Civil Veterinary Dept. Bombay admin report 1900-1906 - 1900-1906
Year: 1900
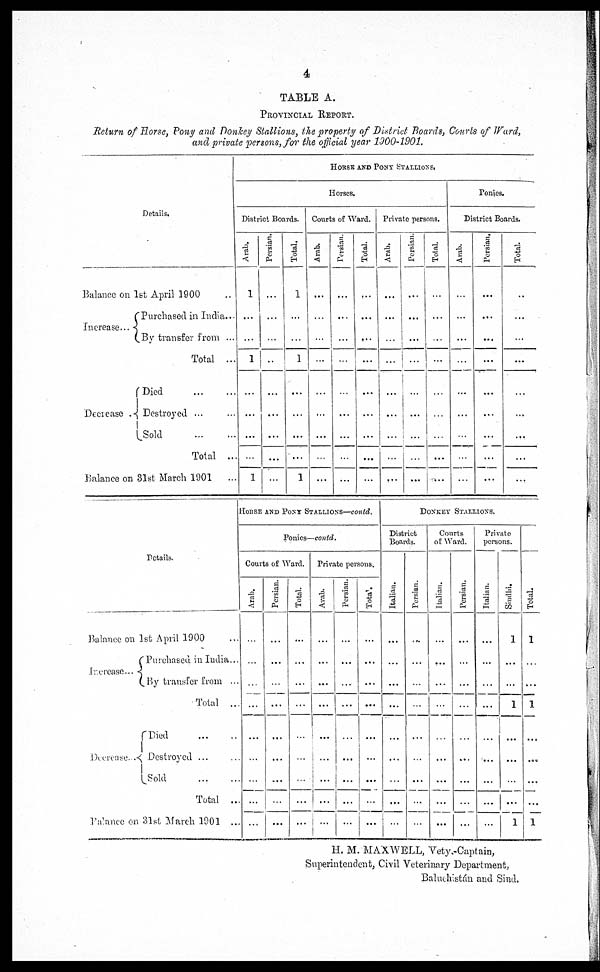
4
TABLE A.
PROVINCIAL REPORT.
Return of Horse, Pony and Donkey Stallions, the property of District Boards, Courts of Ward,
and private persons, for the official year 1900-1901.
Details.
Balance on 1st April 1900 ...
Increase...
Purchased in India ...
By transfer from ...
Total ...
Decrease .
Died
...
...
Destroyed ... ...
Sold
...
....
Total ..
Balance on 31st March 1901 ...
HORSE AND PONY STALLIONS.
Horses.
District Boards.
Arab.
1
...
...
1
...
...
...
...
1
Persian.
...
...
...
...
...
...
...
...
...
Total.
1
...
...
1
...
...
...
...
1
Courts of Ward.
Arab.
...
...
...
...
...
...
...
...
...
Persian.
...
...
...
...
...
...
...
...
...
Total.
...
...
...
...
...
...
...
...
...
Private persons.
Arab.
...
...
...
...
...
...
...
...
...
Persian.
...
...
...
...
...
...
...
...
...
Total.
...
...
...
...
...
...
...
...
...
Ponies.
District Boards.
Arab.
...
...
...
...
...
...
...
...
...
Persian.
...
...
...
...
...
...
...
...
...
Total.
...
...
...
...
...
...
...
...
...
Details.
Balance on 1st April 1900 ...
Increase ...
Purchased in India ...
By transfer from ...
Total ...
Decrease...
Died ... ...
Destroyed
... ...
Sold
...
....
Total ...
Balance on 31st March 1901 ...
HORSE AND PONY STALLIONS—contd.
Ponies—contd.
Courts of Ward.
Arab.
...
...
...
...
...
...
...
...
...
Persian.
...
...
...
...
...
...
...
...
...
Total.
...
...
...
...
...
...
...
...
...
Private persons.
Arab.
...
...
...
...
...
...
...
...
...
Persian.
...
...
...
...
...
...
...
...
...
Total.
...
...
...
...
...
...
...
...
...
DONKEY STALLIONS.
District
Boards.
I t al i an.
...
...
...
...
...
...
...
...
...
Per s i
an.
...
...
...
...
...
...
...
...
...
Courts
of Ward.
Italian.
...
...
...
...
...
...
...
...
...
Persian.
...
...
...
...
...
...
...
...
...
Private
persons.
I t al i an.
...
...
...
...
...
...
...
...
...
Si ndhi .
1
...
...
1
...
...
...
...
1
Total.
1
...
...
1
...
...
...
...
1
H. M. MAXWELL, Vety.-Captain,
Superintendent, Civil Veterinary Department,
Baluchistán and Sind.